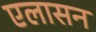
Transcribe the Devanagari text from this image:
एलासन